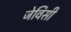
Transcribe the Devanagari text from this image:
जेविसी